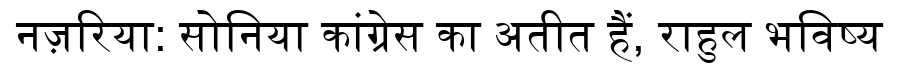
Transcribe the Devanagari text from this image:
नज़रिया: सोनिया कांग्रेस का अतीत हैं, राहुल भविष्य